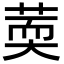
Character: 䓴